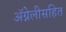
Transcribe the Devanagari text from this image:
ॲग्नेलीसहित